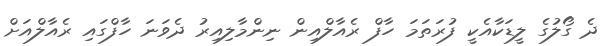
ދެ ގޯލުގެ ލީޑަކާއެކީ ފުރަތަމަ ހާފް ރެއާލްއިން ނިންމާލިއިރު ދެވަނަ ހާފްގައި ރެއާލްއަށް